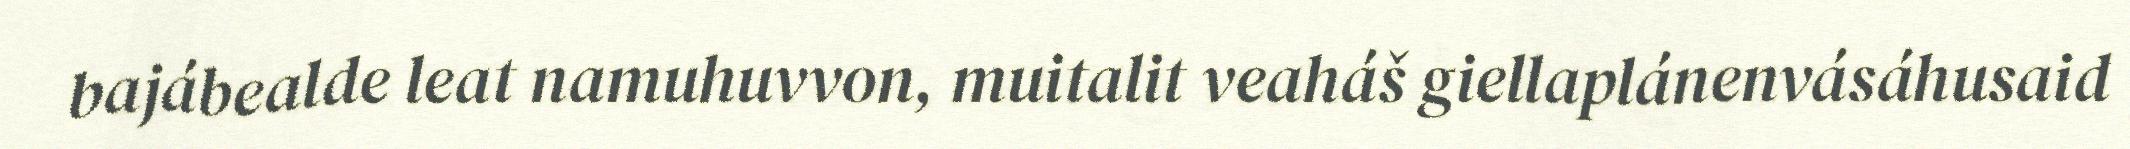
bajábealde leat namuhuvvon, muitalit veaháš giellaplánenvásáhusaid